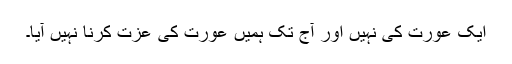
ایک عورت کی نہیں اور آج تک ہمیں عورت کی عزت کرنا نہیں آیا۔